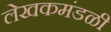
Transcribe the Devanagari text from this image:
लेखकमंडळी